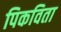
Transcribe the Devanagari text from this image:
पिकविता